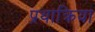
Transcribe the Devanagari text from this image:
प्रथाक्रिया